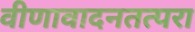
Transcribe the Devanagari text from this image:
वीणावादनतत्परा